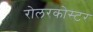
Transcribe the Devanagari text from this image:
रोलरकोस्टर